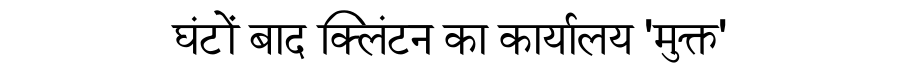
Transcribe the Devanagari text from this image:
घंटों बाद क्लिंटन का कार्यालय 'मुक्त'